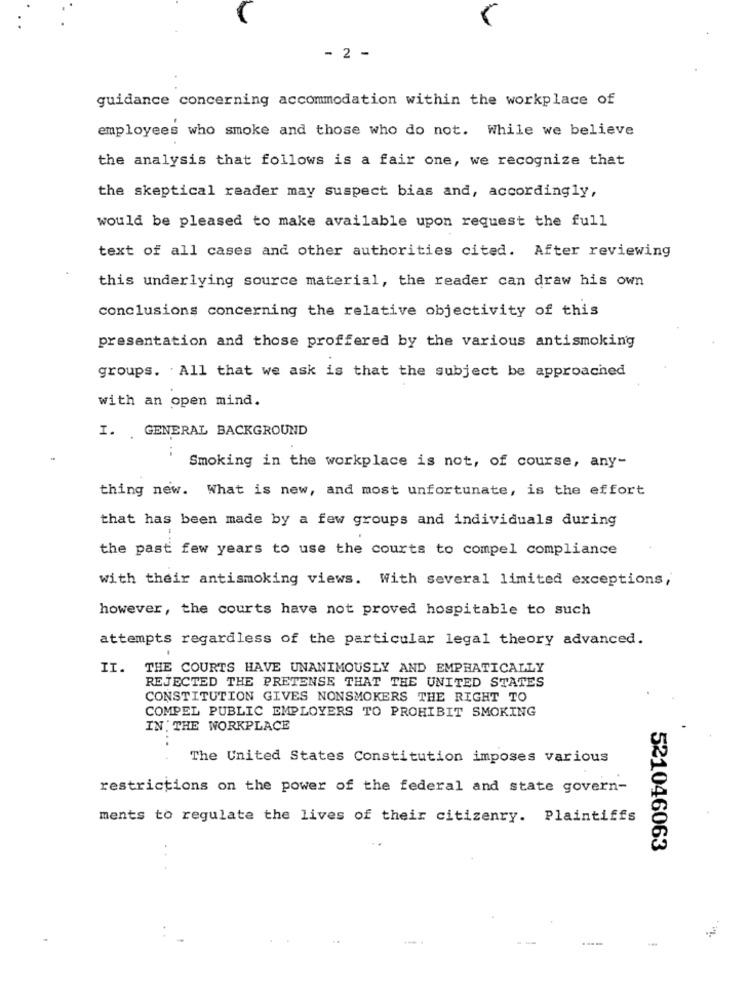
- 2 -
guidance concerning accommodation within the workplace of
employees who smoke and those who do not. While we believe
the analysis that follows is a fair one, we recognize that
the skeptical reader may suspect bias and, accordingly,
would be pleased to make available upon request the full
text of all cases and other authorities cited. After reviewing
this underlying source material, the reader can draw his own
conclusions concerning the relative objectivity of this
presentation and those proffered by the various antismoking
groups. All that we ask is that the subject be approached
with an open mind.
I. GENERAL BACKGROUND
Smoking in the workplace is not, of course, any-
thing new. What is new, and most unfortunate, is the effort
that has been made by a few groups and individuals during
the past few years to use the courts to compel compliance
with their antismoking views. With several limited exceptions,
however, the courts have not proved hospitable to such
attempts regardless of the particular legal theory advanced.
II. THE COURTS HAVE UNANIMOUSLY AND EMPHATICALLY
REJECTED THE PRETENSE THAT THE UNITED STATES
CONSTITUTION GIVES NONSMOKERS THE RIGHT TO
COMPEL PUBLIC EMPLOYERS TO PROHIBIT SMOKING
IN THE WORKPLACE
The United States Constitution imposes various
restrictions on the power of the federal and state govern-
ments to regulate the lives of their citizenry. Plaintiffs
. .
521046063
.....